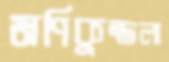
মণিকুন্তলা